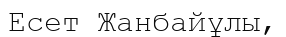
Есет Жанбайұлы,